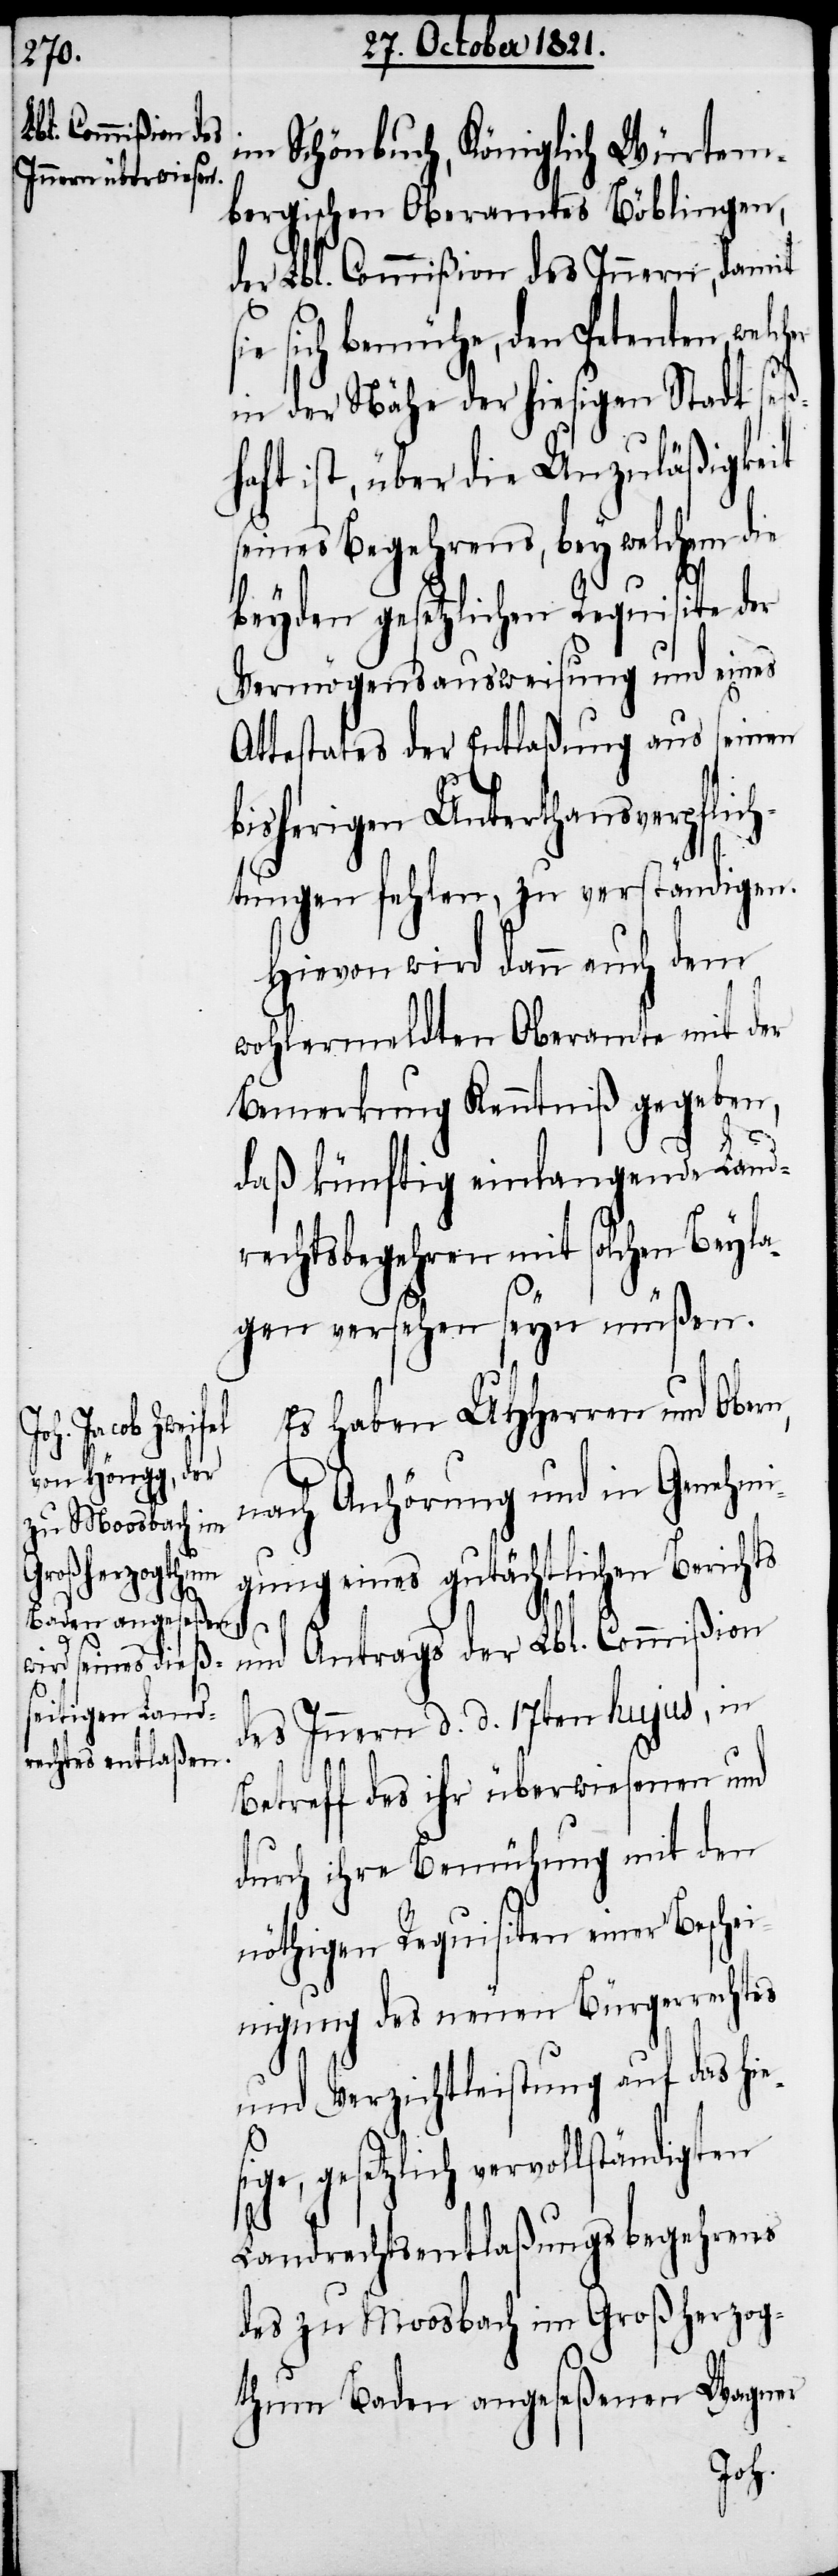
es¬

im Schönbuch, Königlich Würtem¬
bergischen Oberamtes Böblingen,
der Lbl. Commißion des Innern, damit
ie sich bemühe, den Petenten, welc¬
in der Nähe der hiesigen Stadt seß¬
haft ist, über die Unzuläßigkeit
seines Begehrens, bey welchem die
beyden gesetzlichen Requisite der
Vermögensausweisung und eines
Attestates der Entlaßung aus seinen
bisherigen Unterthansverpflic¬
htungen fehlen, zu verständigen.
Hievon wird dann auch dem
wohlermeldten Oberamte mit der
Bemerkung Kenntniß gegeben,
daß künftig einlangende Land¬
rechtsbegehren mit solchen Beyla¬
gen versehen seyn müßen.
Es haben UHHerren und Obern,
nach Anhörung und in Genehmi¬
gung eines gutächtlichen Berichts
und Antrags der Lbl. Commißion
des Innern d. d. 17ten hujus, in
Betreff des ihr überwiesenen und
durch ihre Bemühungen mit den
nöthigen Requisiten einer Beschei¬
nigung des neuen Bürgerrechtes
und Verzichtleistung auf das hi¬
ige, gesetzlich vervollständigten
Landrechtsentlaßungsbegehrens
des zu Moosbach im Großherzog¬
Wagner
thum Baden angeseßenen